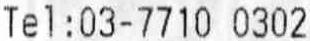
TEL:03-7710 0302